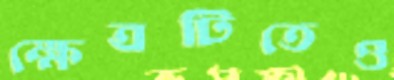
ক্ষেত্রটিতেও